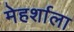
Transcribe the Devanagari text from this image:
मेहर्शाला